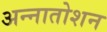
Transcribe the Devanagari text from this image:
अन्नातोशन